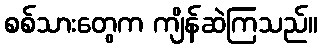
စစ်သားတွေက ကျိန်ဆဲကြသည်။